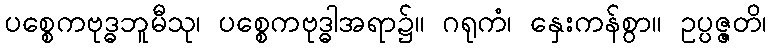
ပစ္စေကဗုဒ္ဓဘူမီသု၊ ပစ္စေကဗုဒ္ဓါအရာ၌။ ဂရုကံ၊ နှေးကန်စွာ။ ဥပ္ပဇ္ဇတိ၊